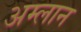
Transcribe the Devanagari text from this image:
अम्लान